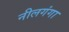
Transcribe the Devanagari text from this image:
नीलगंगा